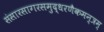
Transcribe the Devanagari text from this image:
संसारसागरसमुद्धरणैकमन्त्रम्